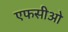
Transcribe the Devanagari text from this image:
एफसीओ